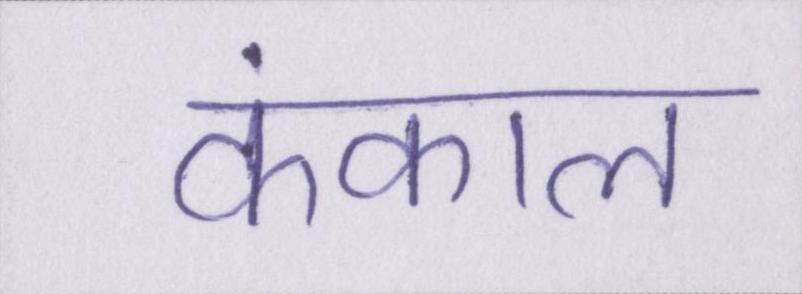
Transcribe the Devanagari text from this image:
कंकाल